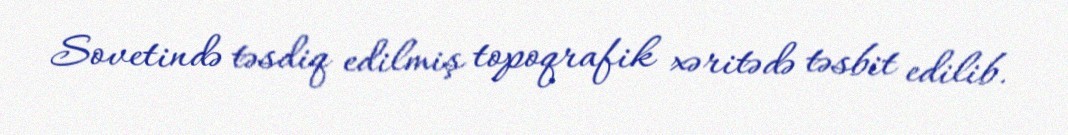
Sovetində təsdiq edilmiş topoqrafik xəritədə təsbit edilib.